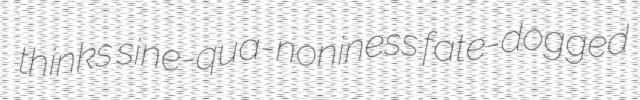
thinks sine-qua-noniness fate-dogged